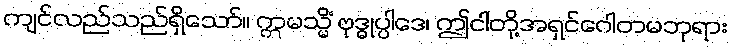
ကျင်လည်သည်ရှိသော်။ ဣမသ္မိံ ဗုဒ္ဓုပ္ပါဒေ၊ ဤငါတို့အရှင်ဂေါတမဘုရား